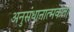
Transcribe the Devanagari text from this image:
अनुसंधानात्मकता